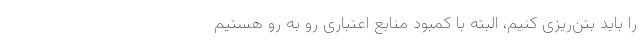
را باید بتن‌ریزی کنیم، البته با کمبود منابع اعتباری رو به رو هستیم